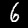
Digit: 6